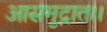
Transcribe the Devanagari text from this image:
आसमुद्रात।।